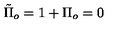
\tilde { \Pi } _ { o } = 1 + \Pi _ { o } = 0